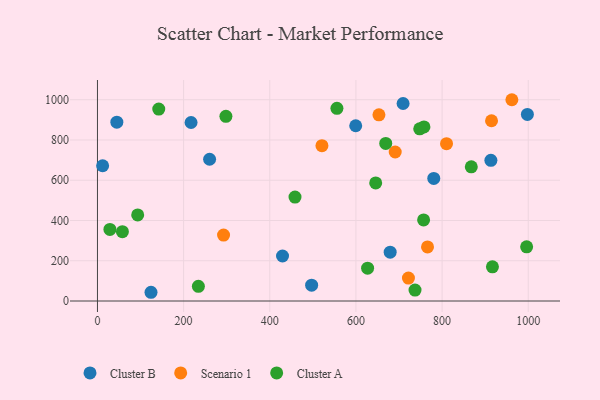
{"axis": {"x": "Price", "y": "Salary"}, "legend": ["Cluster A", "Cluster B", "Scenario 1"], "data": [{"x": "913.3", "y": 699.0, "type": "Cluster B"}, {"x": "709.5", "y": 981.2, "type": "Cluster B"}, {"x": "780.7", "y": 609.0, "type": "Cluster B"}, {"x": "679.5", "y": 242.8, "type": "Cluster B"}, {"x": "45.0", "y": 888.6, "type": "Cluster B"}, {"x": "260.3", "y": 704.2, "type": "Cluster B"}, {"x": "599.5", "y": 870.8, "type": "Cluster B"}, {"x": "497.2", "y": 78.8, "type": "Cluster B"}, {"x": "217.3", "y": 886.9, "type": "Cluster B"}, {"x": "429.6", "y": 223.5, "type": "Cluster B"}, {"x": "124.3", "y": 43.4, "type": "Cluster B"}, {"x": "12.0", "y": 671.9, "type": "Cluster B"}, {"x": "998.0", "y": 927.0, "type": "Cluster B"}, {"x": "521.1", "y": 771.6, "type": "Scenario 1"}, {"x": "766.2", "y": 268.9, "type": "Scenario 1"}, {"x": "914.8", "y": 895.6, "type": "Scenario 1"}, {"x": "962.0", "y": 1000.0, "type": "Scenario 1"}, {"x": "292.7", "y": 327.5, "type": "Scenario 1"}, {"x": "810.3", "y": 781.5, "type": "Scenario 1"}, {"x": "721.9", "y": 113.8, "type": "Scenario 1"}, {"x": "653.4", "y": 924.8, "type": "Scenario 1"}, {"x": "691.2", "y": 740.2, "type": "Scenario 1"}, {"x": "142.3", "y": 953.5, "type": "Cluster A"}, {"x": "234.3", "y": 73.2, "type": "Cluster A"}, {"x": "627.1", "y": 163.2, "type": "Cluster A"}, {"x": "916.9", "y": 169.7, "type": "Cluster A"}, {"x": "93.4", "y": 427.8, "type": "Cluster A"}, {"x": "757.9", "y": 864.8, "type": "Cluster A"}, {"x": "748.1", "y": 855.4, "type": "Cluster A"}, {"x": "57.9", "y": 344.7, "type": "Cluster A"}, {"x": "645.9", "y": 586.8, "type": "Cluster A"}, {"x": "996.3", "y": 269.0, "type": "Cluster A"}, {"x": "669.2", "y": 782.9, "type": "Cluster A"}, {"x": "28.9", "y": 355.5, "type": "Cluster A"}, {"x": "555.9", "y": 957.5, "type": "Cluster A"}, {"x": "867.8", "y": 666.4, "type": "Cluster A"}, {"x": "757.1", "y": 402.7, "type": "Cluster A"}, {"x": "737.2", "y": 54.1, "type": "Cluster A"}, {"x": "458.6", "y": 516.3, "type": "Cluster A"}, {"x": "298.2", "y": 917.3, "type": "Cluster A"}]}